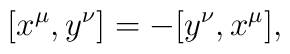
\lbrack x^{\mu },y^{\nu }]=-[y^{\nu },x^{\mu }],